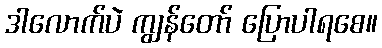
ဒါလောက်ပဲ ကျွန်တော် ပြောပါရစေ။